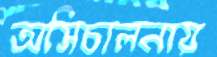
অসিচালনায়